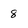
Character: 8